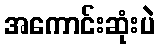
အကောင်းဆုံးပဲ